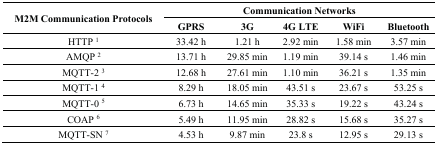
<table><thead><tr><td rowspan="2"><b>M2M Communication Protocols</b></td><td colspan="5"><b>Communication Networks</b></td></tr><tr><td><b>GPRS</b></td><td><b>3G</b></td><td><b>4G LTE</b></td><td><b>WiFi</b></td><td><b>Bluetooth</b></td></tr></thead><tbody><tr><td>HTTP <sup>1</sup></td><td>33.42 h</td><td>1.21 h</td><td>2.92 min</td><td>1.58 min</td><td>3.57 min</td></tr><tr><td>AMQP <sup>2</sup></td><td>13.71 h</td><td>29.85 min</td><td>1.19 min</td><td>39.14 s</td><td>1.46 min</td></tr><tr><td>MQTT-2 <sup>3</sup></td><td>12.68 h</td><td>27.61 min</td><td>1.10 min</td><td>36.21 s</td><td>1.35 min</td></tr><tr><td>MQTT-1 <sup>4</sup></td><td>8.29 h</td><td>18.05 min</td><td>43.51 s</td><td>23.67 s</td><td>53.25 s</td></tr><tr><td>MQTT-0 <sup>5</sup></td><td>6.73 h</td><td>14.65 min</td><td>35.33 s</td><td>19.22 s</td><td>43.24 s</td></tr><tr><td>COAP <sup>6</sup></td><td>5.49 h</td><td>11.95 min</td><td>28.82 s</td><td>15.68 s</td><td>35.27 s</td></tr><tr><td>MQTT-SN <sup>7</sup></td><td>4.53 h</td><td>9.87 min</td><td>23.8 s</td><td>12.95 s</td><td>29.13 s</td></tr></tbody></table>